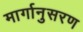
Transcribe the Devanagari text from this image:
मार्गानुसरण